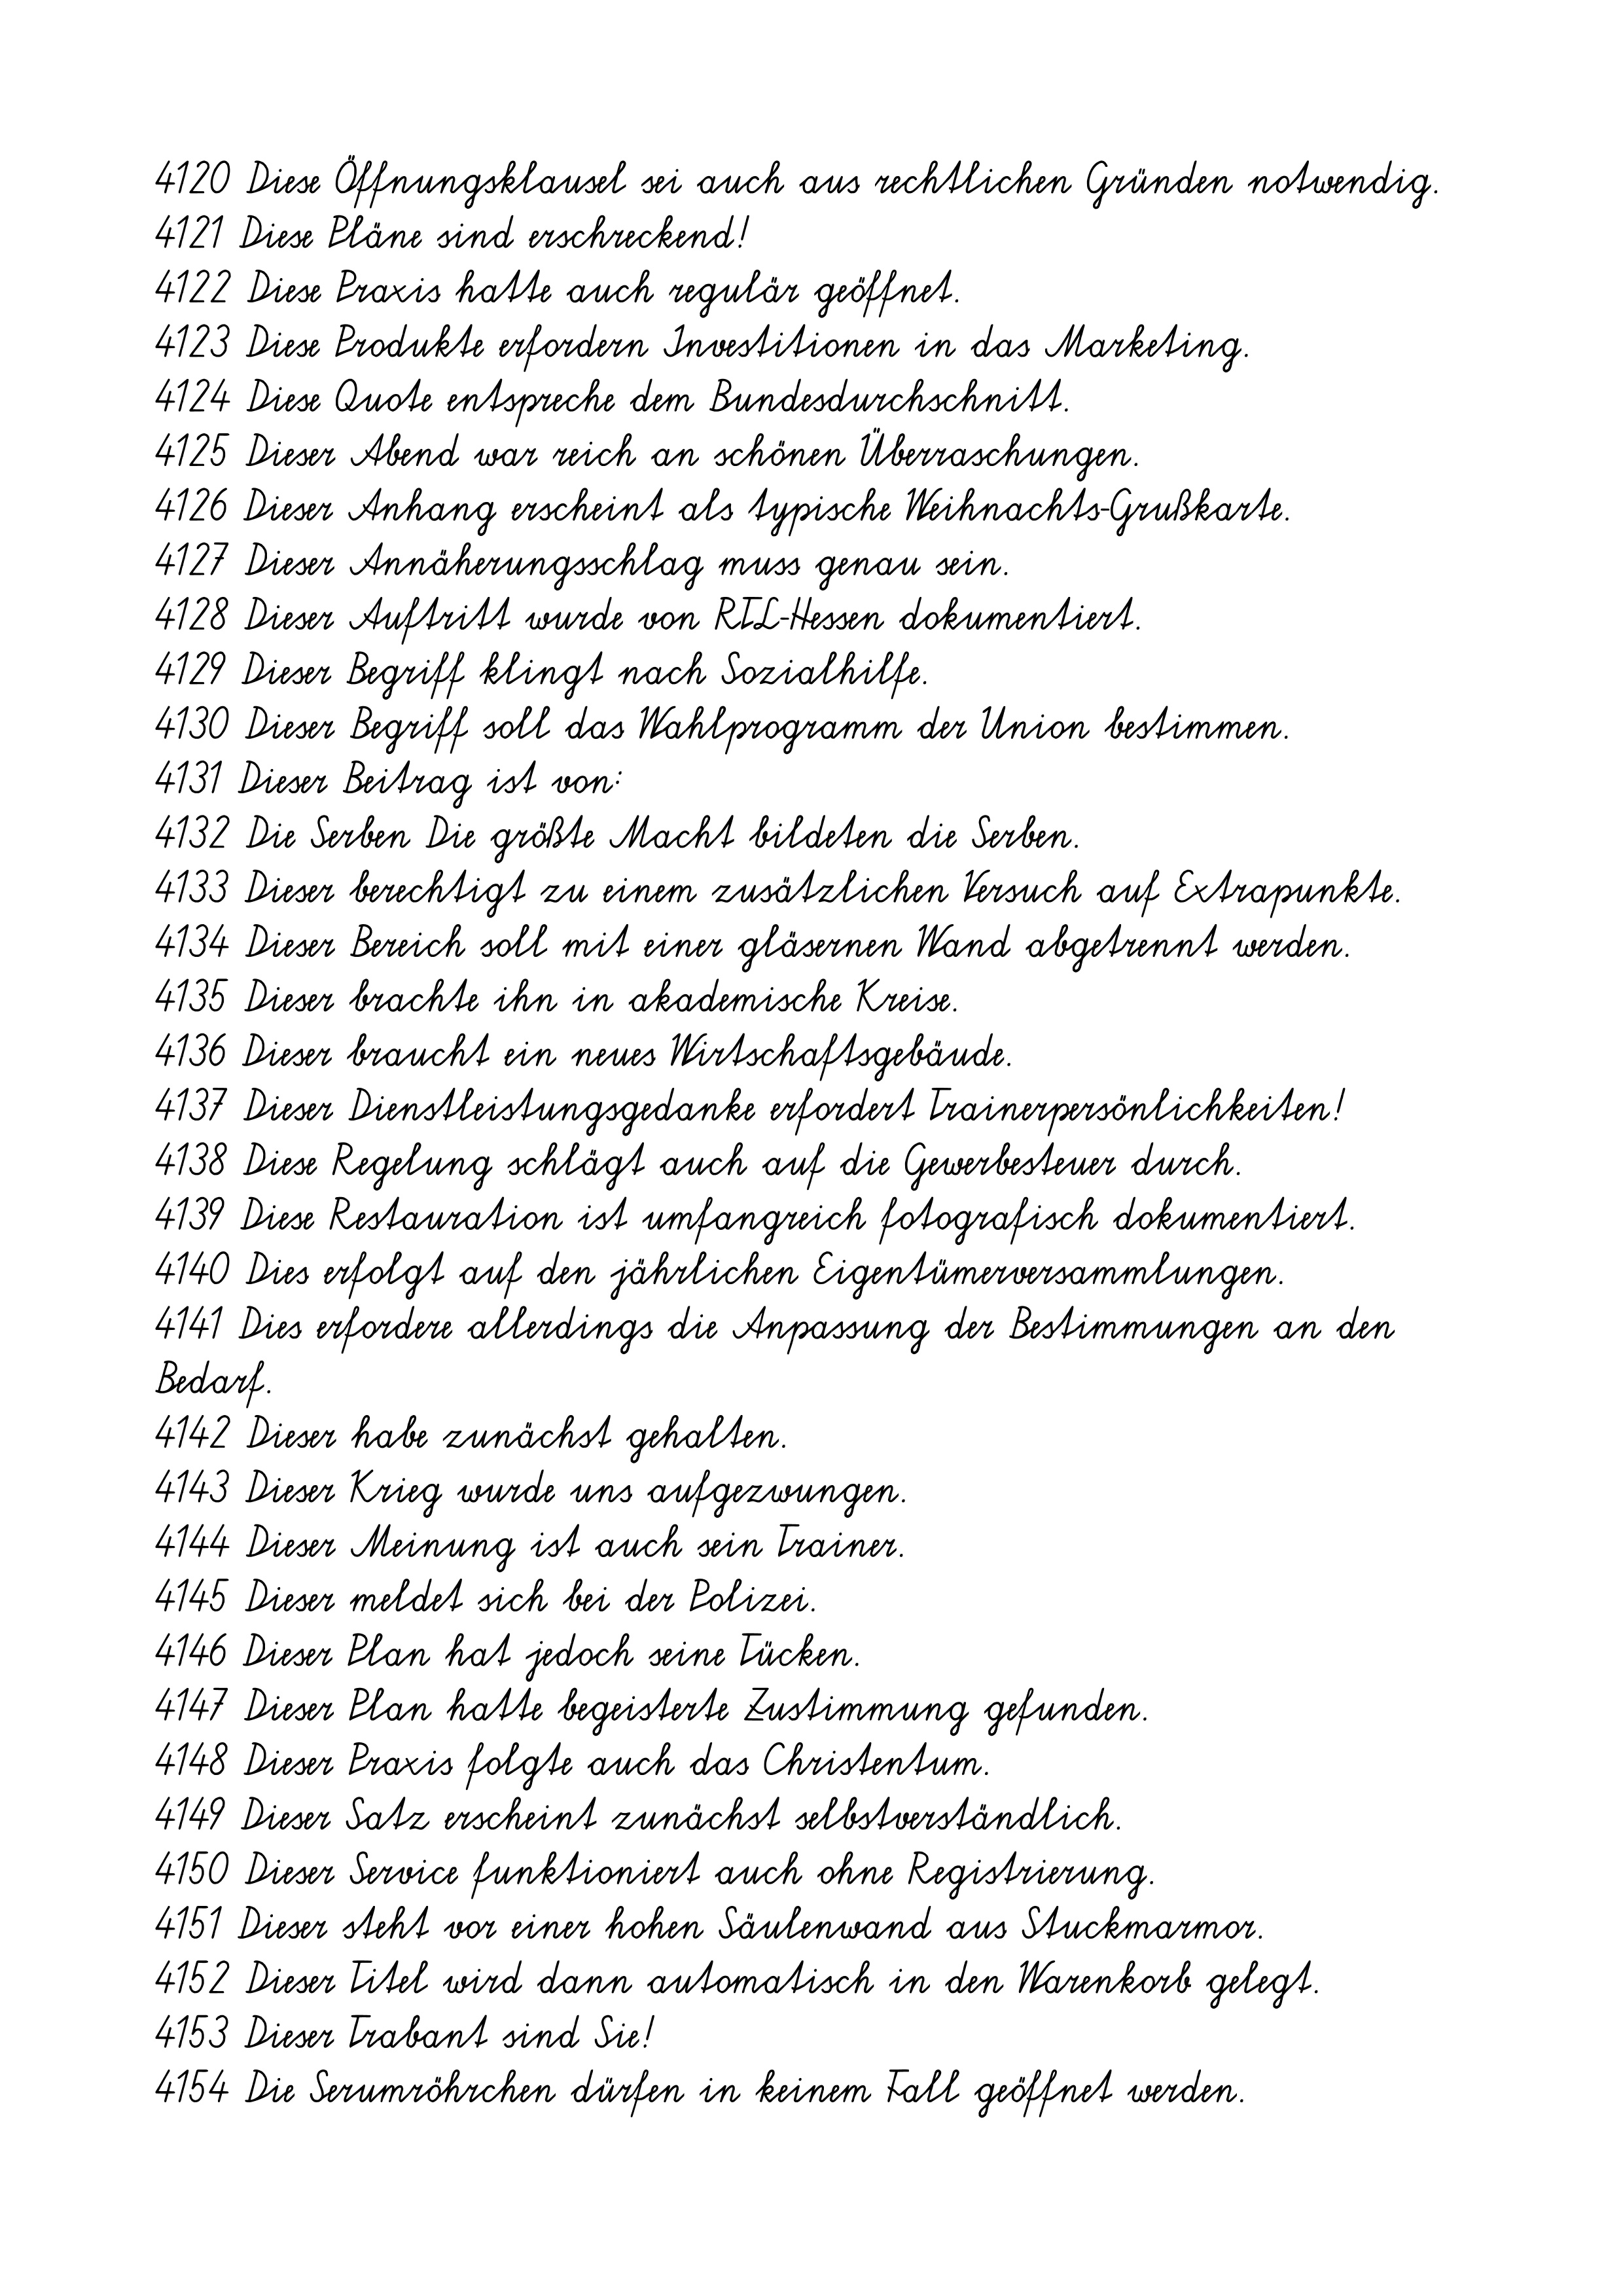
4120 Diese Öffnungsklausel sei auch aus rechtlichen Gründen notwendig.
4121 Diese Pläne sind erschreckend!
4122 Diese Praxis hatte auch regulär geöffnet.
4123 Diese Produkte erfordern Investitionen in das Marketing.
4124 Diese Quote entspreche dem Bundesdurchschnitt.
4125 Dieser Abend war reich an schönen Überraschungen.
4126 Dieser Anhang erscheint als typische Weihnachts-Grußkarte.
4127 Dieser Annäherungsschlag muss genau sein.
4128 Dieser Auftritt wurde von RTL-Hessen dokumentiert.
4129 Dieser Begriff klingt nach Sozialhilfe.
4130 Dieser Begriff soll das Wahlprogramm der Union bestimmen.
4131 Dieser Beitrag ist von:
4132 Die Serben Die größte Macht bildeten die Serben.
4133 Dieser berechtigt zu einem zusätzlichen Versuch auf Extrapunkte.
4134 Dieser Bereich soll mit einer gläsernen Wand abgetrennt werden.
4135 Dieser brachte ihn in akademische Kreise.
4136 Dieser braucht ein neues Wirtschaftsgebäude.
4137 Dieser Dienstleistungsgedanke erfordert Trainerpersönlichkeiten!
4138 Diese Regelung schlägt auch auf die Gewerbesteuer durch.
4139 Diese Restauration ist umfangreich fotografisch dokumentiert.
4140 Dies erfolgt auf den jährlichen Eigentümerversammlungen.
4141 Dies erfordere allerdings die Anpassung der Bestimmungen an den
Bedarf.
4142 Dieser habe zunächst gehalten.
4143 Dieser Krieg wurde uns aufgezwungen.
4144 Dieser Meinung ist auch sein Trainer.
4145 Dieser meldet sich bei der Polizei.
4146 Dieser Plan hat jedoch seine Tücken.
4147 Dieser Plan hatte begeisterte Zustimmung gefunden.
4148 Dieser Praxis folgte auch das Christentum.
4149 Dieser Satz erscheint zunächst selbstverständlich.
4150 Dieser Service funktioniert auch ohne Registrierung.
4151 Dieser steht vor einer hohen Säulenwand aus Stuckmarmor.
4152 Dieser Titel wird dann automatisch in den Warenkorb gelegt.
4153 Dieser Trabant sind Sie!
4154 Die Serumröhrchen dürfen in keinem Fall geöffnet werden.